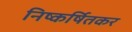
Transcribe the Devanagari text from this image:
निष्कर्षितकर